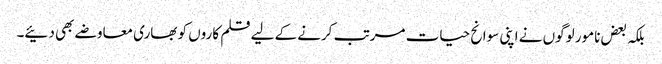
بلکہ بعض نامور لوگوں نے اپنی سوانح حیات مرتب کرنے کے لیے قلم کاروں کو بھاری معاوضے بھی دئیے۔